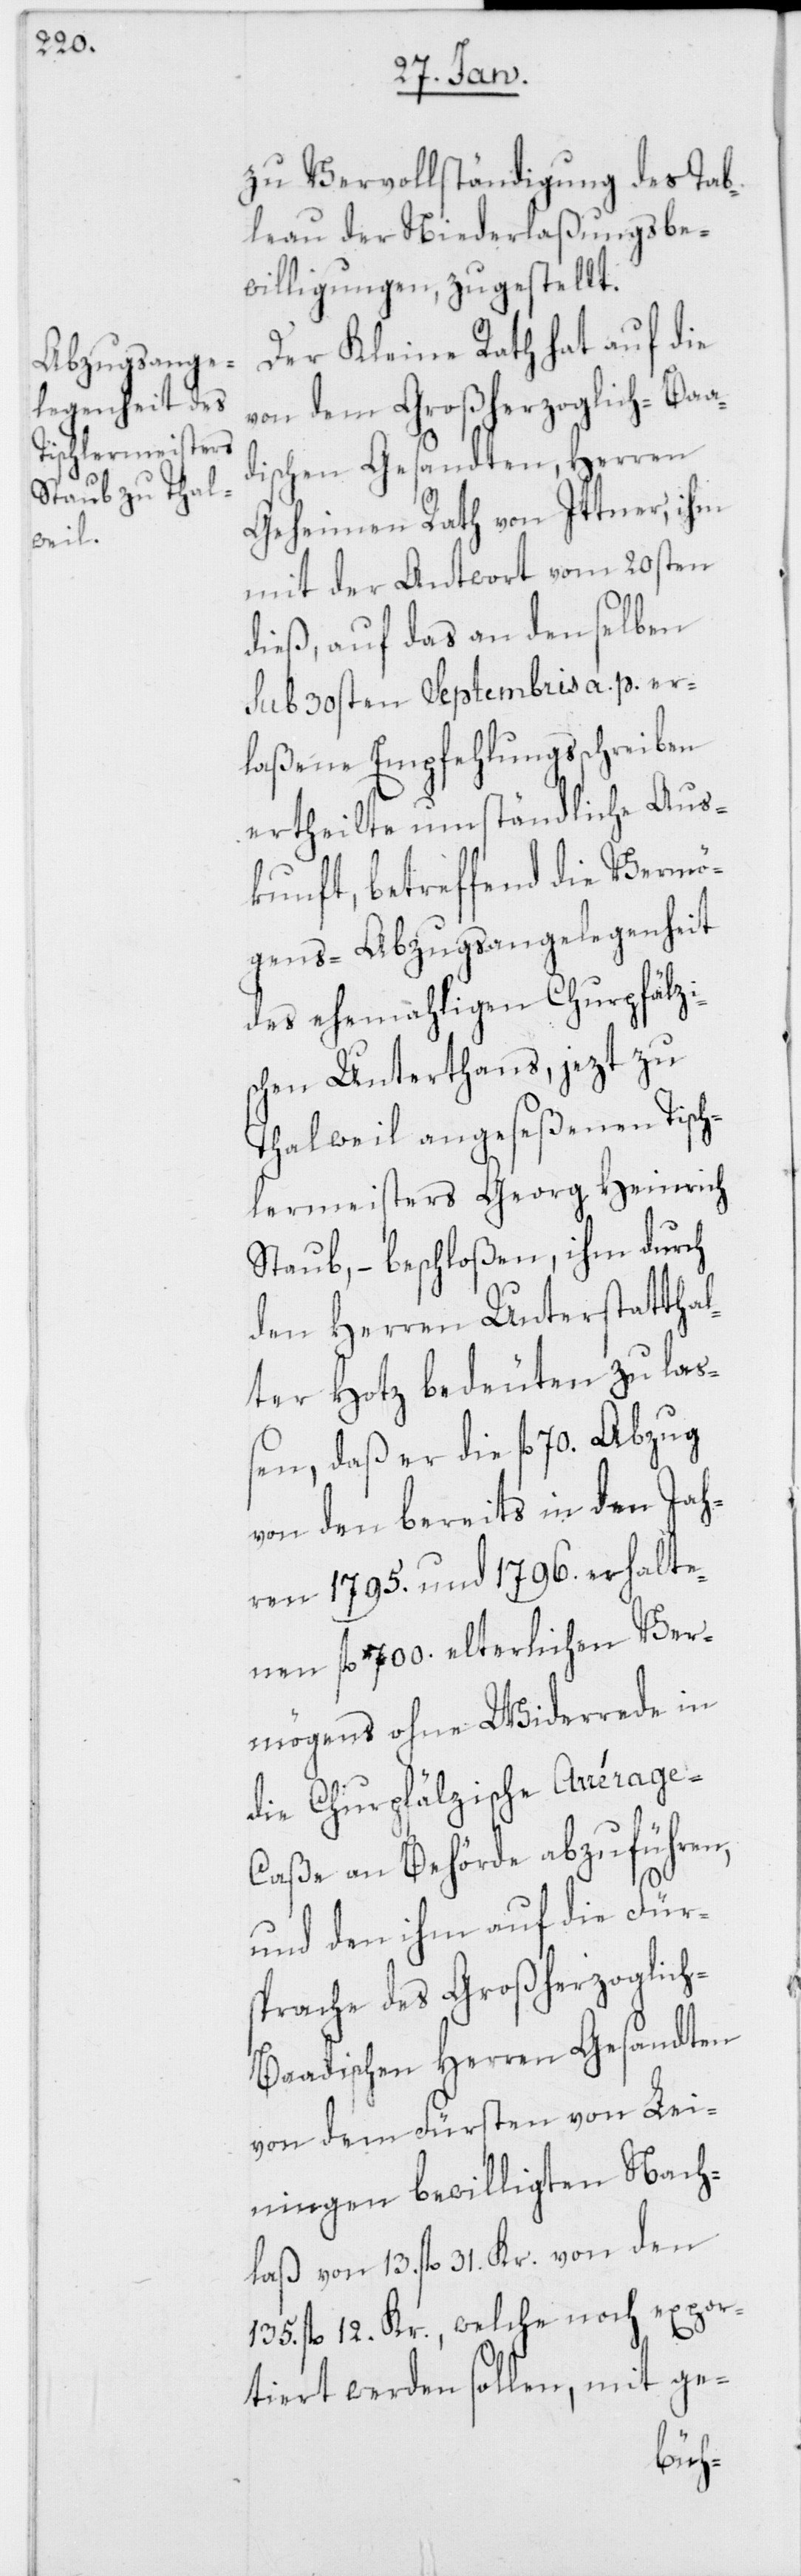
zu Vervollständigung des Tab¬
leau der Niederlaßungsbe¬
willigungen, zugestellt.
Der Kleine Rath hat auf die
von dem Großherzoglich-Baa¬
dischen Gesandten, Herren
Geheimen Rath von Ittner, ihm
mit der Antwort vom 20sten
dieß, auf das an denselben
sub 30sten Septembris a. p. er¬
laßene Empfehlungsschreiben
ertheilte umständliche Aus¬
kunft, betreffend die Vermö¬
gens-Abzugsangelegenheit
des ehemahligen Churpfälzi¬
schen Unterthans, jezt zu
Thalweil angeseßenen Tisch¬
lermeisters Georg Heinrich
Staub, – beschloßen, ihm durch
den Herren Unterstattha¬
lter Hotz bedeuten zu laß¬
en, daß er die fl. 70. Abzug
von den bereits in den Jah¬
ren 1795. und 1796. erhalte¬
nen fl. 700. elterlichen Ver¬
mögens ohne Widerrede in
die Churpfälzische Arrérage-C¬
aße an Behörde abzuführen,
und den ihm auf die Für¬
sprache des Großherzoglic¬
h-Baadischen Herren Gesandten
von dem Fürsten von Lei¬
ningen bewilligten Nach¬
laß von 13. fl. 31. Kr. von den
135. fl. 12. Kr., welche noch expor¬
tiert werden sollen, mit ge-